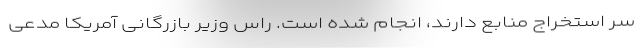
سر استخراج منابع دارند، انجام شده است. راس وزیر بازرگانی آمریکا مدعی